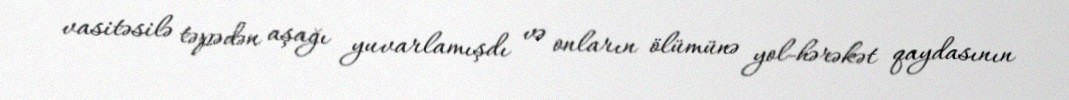
vasitəsilə təpədən aşağı yuvarlamışdı və onların ölümünə yol-hərəkət qaydasının